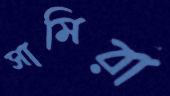
সামিরা